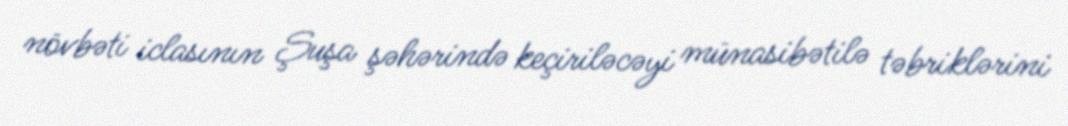
növbəti iclasının Şuşa şəhərində keçiriləcəyi münasibətilə təbriklərini